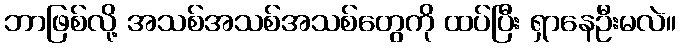
ဘာဖြစ်လို့ အသစ်အသစ်အသစ်တွေကို ထပ်ပြီး ရှာနေဦးမလဲ။